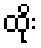
ထိုး